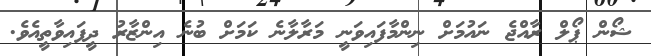
ޝޯން ޕޯލް ރާއްޖެ ނައުމަށް ނިންމާފައިވަނީ މަރާލާނެ ކަމަށް ބުނެ އިންޒާރު ދީފައިވާތީއެވެ.